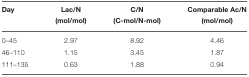
<table><thead><tr><td><b>Day</b></td><td><b>Lac/N (mol/mol)</b></td><td><b>C/N (C-mol/N-mol)</b></td><td><b>Comparable Ac/N (mol/mol)</b></td></tr></thead><tbody><tr><td>0–45</td><td>2.97</td><td>8.92</td><td>4.46</td></tr><tr><td>46–110</td><td>1.15</td><td>3.45</td><td>1.87</td></tr><tr><td>111–135</td><td>0.63</td><td>1.88</td><td>0.94</td></tr></tbody></table>